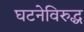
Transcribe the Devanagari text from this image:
घटनेविरुद्ध